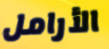
الأرامل